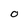
Character: O